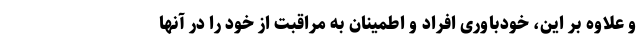
و علاوه بر این، خودباوری افراد و اطمینان به مراقبت از خود را در آنها